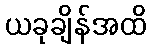
ယခုချိန်အထိ